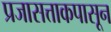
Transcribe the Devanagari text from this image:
प्रजासत्ताकपासून